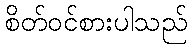
စိတ်ဝင်စားပါသည်